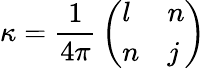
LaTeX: \kappa={\frac{1}{4\pi}}\left(\begin{array}{ll}{{l}}&{{n}}\\ {{n}}&{{j}}\end{array}\right)